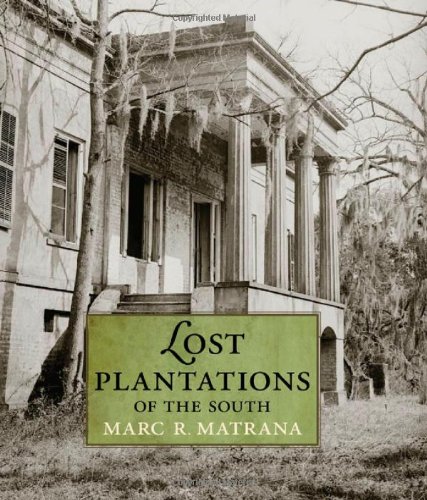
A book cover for Lost Plantations of the South; Marc R. Matrana; Arts & Photography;